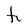
Character: h